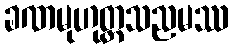
ခဏမုဟုတ္တသညမဿ